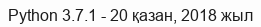
Python 3.7.1 - 20 қазан, 2018 жыл